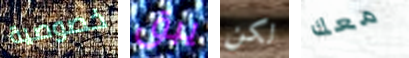
خصوصية يبق لكن معك